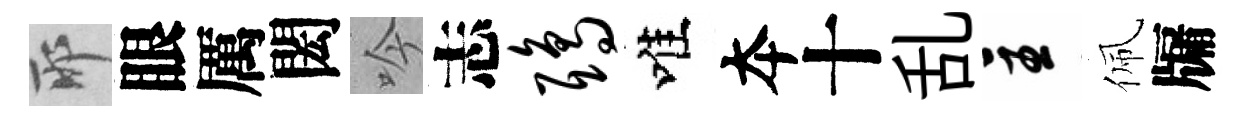
耶眼厲閎吟志鸱唯夲十乱主佩牖